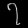
Digit: ၇